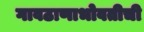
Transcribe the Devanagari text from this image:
गावठाणाभोवतीची